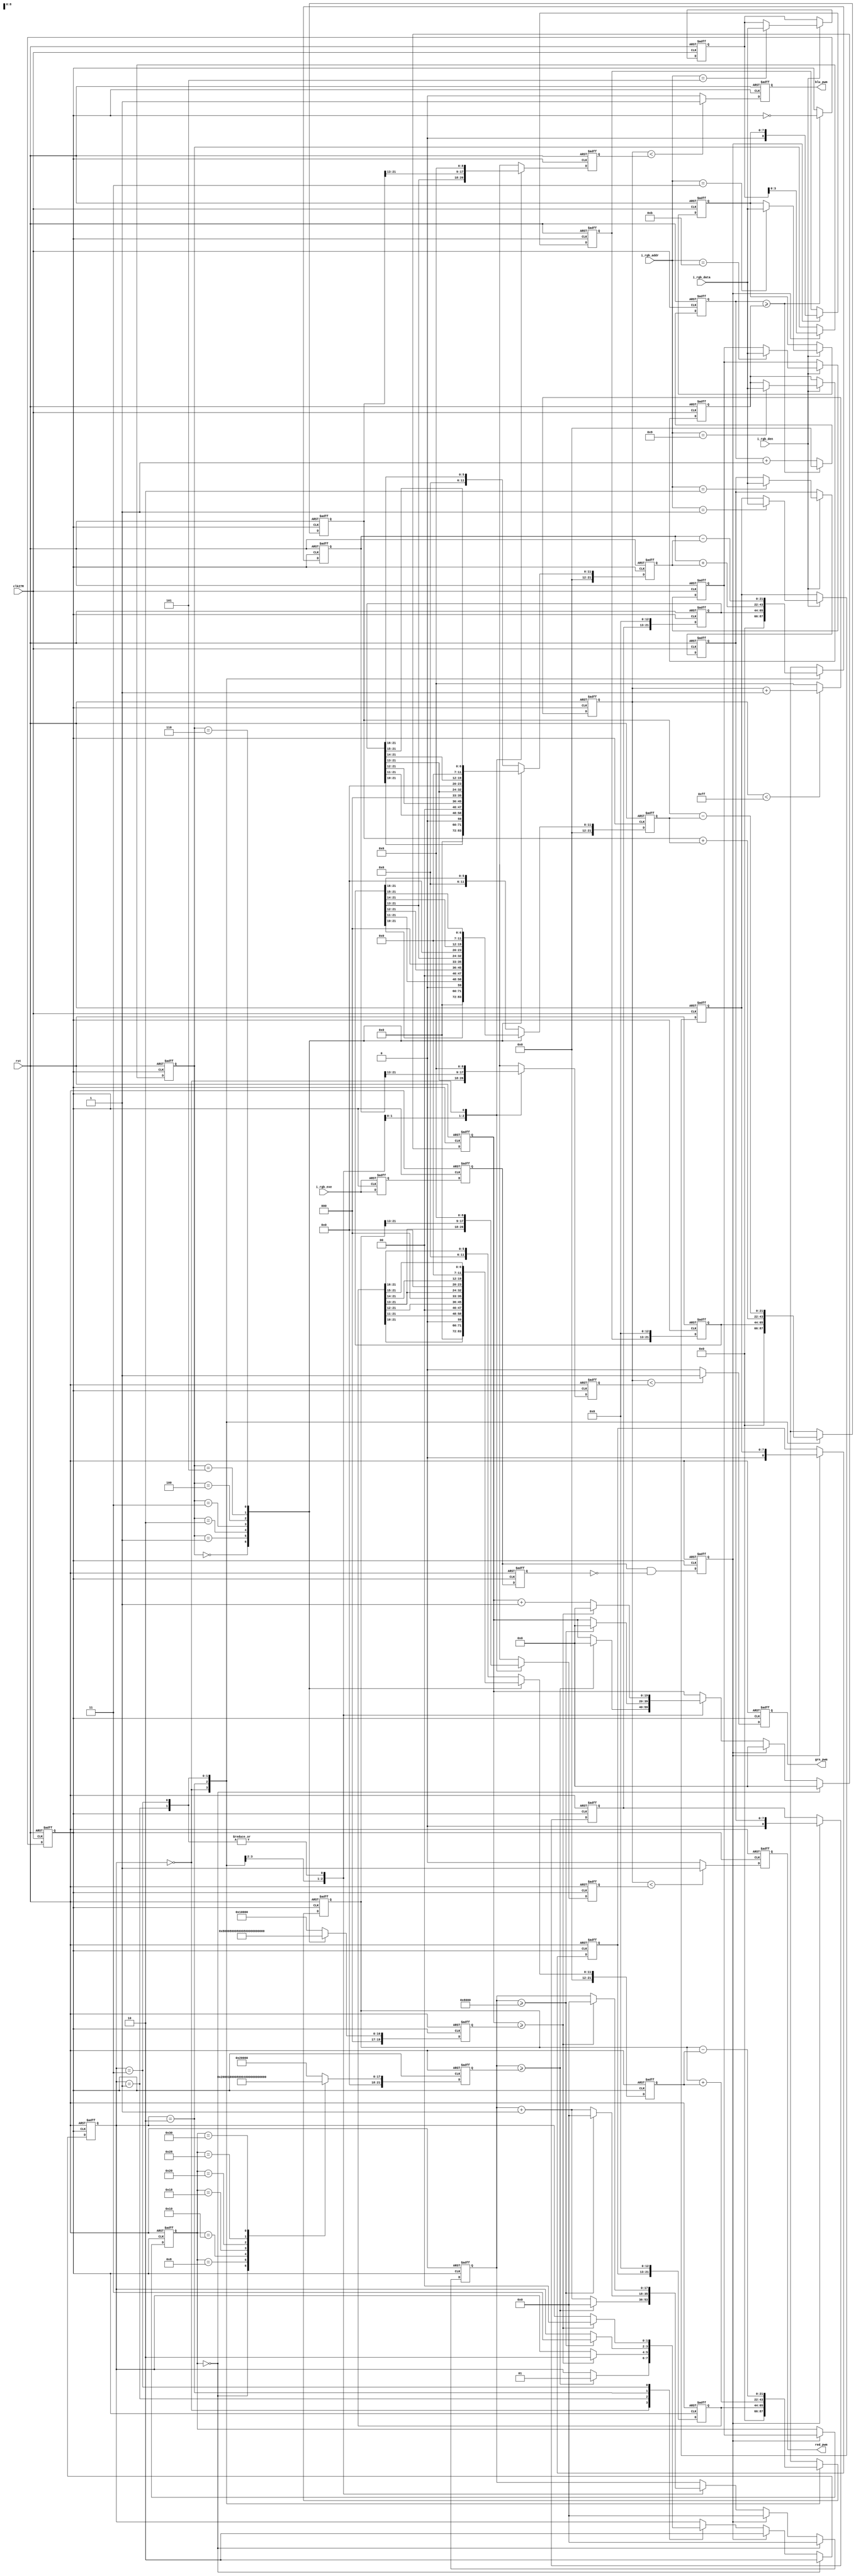
//-------------------------------------------------------------------------
//  >>>>>>>>>>>>>>>>>>>>>>>>> COPYRIGHT NOTICE <<<<<<<<<<<<<<<<<<<<<<<<<
//-------------------------------------------------------------------------
//  Copyright (c) 2012 by Lattice Semiconductor Corporation      
// 
//-------------------------------------------------------------------------
// Permission:
//
//   Lattice Semiconductor grants permission to use this code for use
//   in synthesis for any Lattice programmable logic product.  Other
//   use of this code, including the selling or duplication of any
//   portion is strictly prohibited.
//
// Disclaimer:
//
//   This VHDL or Verilog source code is intended as a design reference
//   which illustrates how these types of functions can be implemented.
//   It is the user's responsibility to verify their design for
//   consistency and functionality through the use of formal
//   verification methods.  Lattice Semiconductor provides no warranty
//   regarding the use or functionality of this code.
//-------------------------------------------------------------------------
//
//    Lattice Semiconductor Corporation
//    5555 NE Moore Court
//    Hillsboro, OR 97124
//    U.S.A
//
//    TEL: 1-800-Lattice (USA and Canada)
//    503-268-8001 (other locations)
//
//    web: http://www.latticesemi.com/
// 
//-------------------------------------------------------------------------
// 
//  Project  : iCE5 RGB LED Controller SPI interface
// 
//  Description: 
//
//  Code Revision History :
//-------------------------------------------------------------------------
// Ver: | Author        | Mod. Date    |Changes Made:
// V1.0 | MDN           | 24-05-2014   |Initial version                             
//-------------------------------------------------------------------------
  

module LED_control (
                    // inputs
                    input   wire        clk27M,        // 27M clock
                    input   wire        rst,           // async reset
                    input               i_rgb_exe,
                    input   wire        i_rgb_den,
                    input [3:0]         i_rgb_addr,
                    input [7:0]         i_rgb_data,
                    output  reg         red_pwm,       // Red
                    output  reg         grn_pwm,       // Blue
                    output  reg         blu_pwm        // Green
                    );
    
    //------------------------------
    // INTERNAL SIGNAL DECLARATIONS: 
    //------------------------------

    parameter     LED_OFF   = 2'b00;
    parameter     RAMP_UP   = 2'b01;
    parameter     LED_ON    = 2'b10;
    parameter     RAMP_DOWN = 2'b11;

    parameter     on_max_cnt  = 22'h008000;  // 1 sec steady


    // wires (assigns)/ regs (always)
    reg [8:0] red_intensity;
    reg [8:0] grn_intensity;
    reg [8:0] blu_intensity;
    reg [9:0] clk_div_cnt;
    reg       clk32K;
    reg       update;
    reg [3:0] BreatheRamp_s;       
    reg [7:0] BlinkRate_s;

    reg [21:0] red_peak; // LED 'on' peak intensity (high precision)
    reg [21:0] grn_peak;
    reg [21:0] blu_peak;

    reg [21:0] off_max_cnt; // LED off duration
    reg [19:0] ramp_max_cnt; // LED ramp up/down duration
    reg [23:0] red_intensity_step; // LED intensity step when ramping
    reg [23:0] grn_intensity_step;
    reg [23:0] blu_intensity_step;

    reg [1:0] blink_state; // state variable
    reg [19:0] ramp_count; // counter for LED on/off duration
    reg [17:0] steady_count; // counter for LED ramp up/down duration

    reg [21:0] red_accum; // intensity accumulator during ramp
    reg [21:0] grn_accum;
    reg [21:0] blu_accum;

    reg [8:0] curr_red; // current LED intensity ( /256 = PWM duty cycle)
    reg [8:0] curr_grn;
    reg [8:0] curr_blu;

    reg [8:0] pwm_count;  // PWM counter
    reg [7:0] config_reg0_i ;
    reg [7:0] pre_scale_reg_i ;
    reg [7:0] on_time_reg_i ;
    reg [7:0] off_time_reg_i ;
    reg [7:0] breathe_on_reg_i ;
    reg [7:0] breathe_off_reg_i ;
    reg [7:0] pwm_red_reg_i ;
    reg [7:0] pwm_grn_reg_i ;
    reg [7:0] pwm_blu_reg_i ;
    reg       d1_update_i;
    reg       d2_update_i;
    reg       d3_update_i;
    reg       rgb_update_i;

    // Data registering based on address received from AP
    always @(posedge clk27M or posedge rst) begin
        if (rst) begin
            config_reg0_i <= 0;
            pre_scale_reg_i <= 0;
            on_time_reg_i <= 0;
            off_time_reg_i <= 8'd24;
            breathe_on_reg_i <= 8'hA5;
            breathe_off_reg_i <= 8'hA5;
            pwm_red_reg_i <= 8'h5F;
            pwm_grn_reg_i <= 8'h00;
            pwm_blu_reg_i <= 8'h00;
        end else begin
            if (i_rgb_den) begin
                case (i_rgb_addr)
                    4'h8 :
                        config_reg0_i <= i_rgb_data;
                    4'h9 :
                        pre_scale_reg_i <= i_rgb_data;
                    4'hA :
                        on_time_reg_i <= i_rgb_data;
                    4'hB :
                        off_time_reg_i <= i_rgb_data;
                    4'h5 :
                        breathe_on_reg_i <= i_rgb_data;
                    4'h6 :
                        breathe_off_reg_i <= i_rgb_data;
                    4'h1 :
                        pwm_red_reg_i <= i_rgb_data;
                    4'h2 :
                        pwm_grn_reg_i <= i_rgb_data;
                    4'h3 :
                        pwm_blu_reg_i <= i_rgb_data;
                endcase
            end else begin
                config_reg0_i <= config_reg0_i;
                pre_scale_reg_i <= pre_scale_reg_i;
                on_time_reg_i <= on_time_reg_i;
                off_time_reg_i <= off_time_reg_i;
                breathe_on_reg_i <= breathe_on_reg_i;
                breathe_off_reg_i <= breathe_off_reg_i;
                pwm_red_reg_i <= pwm_red_reg_i;
                pwm_grn_reg_i <= pwm_grn_reg_i;
                pwm_blu_reg_i <= pwm_blu_reg_i;
            end
        end
    end
    
    // Clock divider 
    // divides 27MHz to 32.768kHz
    // (basic PWM cycle)
    always @ (posedge clk27M or posedge rst)
        if (rst) begin
            clk_div_cnt  <= 0;
            clk32K  <= 0;
        end else begin
            if (clk_div_cnt >= (pre_scale_reg_i)) begin
                clk_div_cnt <= 0;
                clk32K <= ~clk32K;
            end else begin                       
                clk_div_cnt <= clk_div_cnt + 1;
            end
        end

    // Update signal
    always @(posedge clk32K or negedge i_rgb_exe) begin
        if (~i_rgb_exe)
            d1_update_i <= 0;
        else
            d1_update_i <= i_rgb_exe;
    end
        
    always @(posedge clk32K or posedge rst) begin
        if (rst) begin
            d2_update_i <= 0;
            d3_update_i <= 0;
            update <= 0;
        end else begin
            d2_update_i <= d1_update_i;
            d3_update_i <= d2_update_i;
            update <= d2_update_i && ~d3_update_i;
        end
    end
            
    // Capture stable parameters in local clock domain
    always @ (posedge clk32K or posedge rst)
        if (rst) begin
            BreatheRamp_s <= 4'b0000;
            BlinkRate_s   <= 8'd08;
            red_intensity <= 9'h00;
            grn_intensity <= 9'hFF;
            blu_intensity <= 9'hFF;
        end else begin
            if (update) begin
                BreatheRamp_s <= breathe_on_reg_i[3:0];
                BlinkRate_s   <= off_time_reg_i;
                red_intensity <= pwm_red_reg_i ;
                grn_intensity <= pwm_grn_reg_i ;
                blu_intensity <= pwm_blu_reg_i ;
            end
        end
    
    // Intensity values
    always @ (posedge clk32K or posedge rst)
        if (rst) begin
            red_peak <= 0;
            grn_peak <= 0;
            blu_peak <= 0;
        end else begin
            red_peak <= {red_intensity, 13'h0};
            grn_peak <= {grn_intensity, 13'h0};
            blu_peak <= {blu_intensity, 13'h0};
        end
    
    // interpret 'Blink rate' setting
    //   'off_max_cnt' is time spent in 'LED_OFF' states
    //   'step_shift' is used to scale the intensity step size.
    //   Stated period is blink rate with no ramp.  Ramping adds to the period.
    always @ (posedge clk32K or posedge rst)
        if (rst) begin
            off_max_cnt <= 22'h0 - 1;
        end else begin
            case (BlinkRate_s)
                8'h00:   begin off_max_cnt   <= 22'h000000; end
                8'd08:   begin off_max_cnt   <= 22'h000800; end // 1/16sec
                8'd16:   begin off_max_cnt   <= 22'h001000; end // 1/8 sec
                8'd24:   begin off_max_cnt   <= 22'h002000; end // 1/4 sec
                8'd32:   begin off_max_cnt   <= 22'h004000; end // 1/2 sec
                8'd40:   begin off_max_cnt   <= 22'h008000; end // 1 sec
                8'd48:   begin off_max_cnt   <= 22'h010000; end // 2 sec
                8'd56:   begin off_max_cnt   <= 22'h020000; end // 4 sec
                default: begin off_max_cnt   <= 22'h020000; end
            endcase
        end


    // interpret 'Breathe Ramp' setting
    //     'ramp_max_cnt' is time spent in 'RAMP_UP', RAMP_DOWN' states
    //     '***_intensity_step' is calculated to add to color accumulators each ramp step
    always @ (posedge clk32K or posedge rst)
        if (rst) begin
            ramp_max_cnt        <= 20'b0;
            red_intensity_step  <= 24'b0;
            grn_intensity_step  <= 24'b0;
            blu_intensity_step  <= 24'b0;
        end else begin
            case (BreatheRamp_s)
                4'b0000: begin
                    ramp_max_cnt   <= 20'h0;  // 0sec
                    red_intensity_step  <= 0 ;
                    grn_intensity_step  <= 0 ;
                    blu_intensity_step  <= 0 ;
                end
                4'b0001: begin
                    ramp_max_cnt   <= 20'h00400;  // 1/16sec
                    red_intensity_step  <= red_peak >> (10) ;
                    grn_intensity_step  <= grn_peak >> (10) ;
                    blu_intensity_step  <= blu_peak >> (10) ;
                end                 
                4'b0010: begin
                    ramp_max_cnt   <= 20'h00800;  // 1/8 sec
                    red_intensity_step  <= red_peak >> (11) ;
                    grn_intensity_step  <= grn_peak >> (11) ;
                    blu_intensity_step  <= blu_peak >> (11) ;                 
                end                 
                4'b0011: begin
                    ramp_max_cnt   <= 20'h01000;  // 1/4 sec
                    red_intensity_step  <= red_peak >> (12) ;
                    grn_intensity_step  <= grn_peak >> (12) ;
                    blu_intensity_step  <= blu_peak >> (12) ;                 
                end                 
                4'b0100: begin
                    ramp_max_cnt   <= 20'h02000;  // 1/2 sec
                    red_intensity_step  <= red_peak >> (13) ;
                    grn_intensity_step  <= grn_peak >> (13) ;
                    blu_intensity_step  <= blu_peak >> (13) ;                 
                end                 
                4'b0101: begin
                    ramp_max_cnt   <= 20'h04000;     // 1 sec
                    red_intensity_step  <= red_peak >> (14) ;
                    grn_intensity_step  <= grn_peak >> (14) ;
                    blu_intensity_step  <= blu_peak >> (14) ;                 
                end                 
                4'b0110: begin
                    ramp_max_cnt   <= 20'h08000;  // 2 sec
                    red_intensity_step  <= red_peak >> (15) ;
                    grn_intensity_step  <= grn_peak >> (15) ;
                    blu_intensity_step  <= blu_peak >> (15) ;                 
                end                 
                4'b0111: begin
                    ramp_max_cnt   <= 20'h10000;  // 4 sec
                    red_intensity_step  <= red_peak >> (16) ;
                    grn_intensity_step  <= grn_peak >> (16) ;
                    blu_intensity_step  <= blu_peak >> (16) ;                 
                end                 
                default: begin
                    ramp_max_cnt        <=  20'h10000;  // 4 sec
                    red_intensity_step  <= red_peak >> (16) ;
                    grn_intensity_step  <= grn_peak >> (16) ;
                    blu_intensity_step  <= blu_peak >> (16) ;
                end                 
            endcase
        end

    //  state machine to create LED ON/OFF/RAMP periods
    //   state machine is held (no cycles) if LED is steady state on/off
    //   state machine is reset to LED_ON state whenever parameters are updated.
    always @ (posedge clk32K or posedge rst)
        if (rst) begin
            blink_state <= LED_OFF;
            ramp_count   <= 20'b0;
            steady_count <= 18'b0;
        end else begin
            if(BlinkRate_s == 8'h00) begin
                blink_state <= LED_ON;
                ramp_count   <= 0;
                steady_count <= 0;
            end else if (update) begin
                blink_state <= LED_ON;
                ramp_count   <= 0;
                steady_count <= 0;
            end else begin
                case (blink_state)
                    LED_OFF:  begin
                        if(steady_count >= off_max_cnt) begin
                            ramp_count   <= 0;
                            steady_count <= 0;
                            blink_state <= RAMP_UP;
                        end else begin
                            steady_count <= steady_count + 1;
                        end
                    end
                    RAMP_UP:  begin
                        if(ramp_count >= ramp_max_cnt) begin
                            ramp_count   <= 0;
                            steady_count <= 0;
                            blink_state <= LED_ON;
                        end else begin
                            ramp_count <= ramp_count + 1;
                        end
                    end
                    LED_ON:  begin
                        if(steady_count >= on_max_cnt) begin
                            ramp_count   <= 0;
                            steady_count <= 0;
                            blink_state <= RAMP_DOWN;
                        end else begin
                            steady_count <= steady_count + 1;
                        end
                    end
                    RAMP_DOWN:  begin
                        if(ramp_count >= ramp_max_cnt) begin
                            ramp_count   <= 0;
                            steady_count <= 0;
                            blink_state <= LED_OFF;
                        end else begin
                            ramp_count <= ramp_count + 1;
                        end
                    end
                    default:  begin
                        blink_state <= LED_OFF;
                        ramp_count   <= 20'b0;
                        steady_count <= 18'b0;
                    end
                endcase
            end
        end


    // RampUP/DN accumulators
    always @ (posedge clk32K or posedge rst)
        if (rst) begin
            red_accum <= 22'b0;
            grn_accum <= 22'b0;
            blu_accum <= 22'b0;
        end else begin
            case (blink_state)
                LED_OFF:  begin
                    red_accum <= 0;
                    grn_accum <= 0;
                    blu_accum <= 0;
                end
                LED_ON:   begin
                    red_accum <= red_peak;
                    grn_accum <= grn_peak;
                    blu_accum <= blu_peak;
                end
                RAMP_UP:  begin
                    red_accum <= red_accum + red_intensity_step;
                    grn_accum <= grn_accum + grn_intensity_step;
                    blu_accum <= blu_accum + blu_intensity_step;
                end
                RAMP_DOWN: begin
                    red_accum <= red_accum - red_intensity_step;
                    grn_accum <= grn_accum - grn_intensity_step;
                    blu_accum <= blu_accum - blu_intensity_step;
                end
                default: begin
                    red_accum <= 0;
                    grn_accum <= 0;
                    blu_accum <= 0;
                end
            endcase
        end


    // set PWM duty cycle. 8-bit resolution 0x100 is 100% on
    always @ (posedge clk32K or posedge rst)
        if (rst) begin
            curr_red <= 9'h0FF;
            curr_grn <= 9'h0FF;
            curr_blu <= 9'b0;
        end else begin
            case (blink_state)
                LED_ON: begin
                    curr_red <= red_peak[21:13];
                    curr_grn <= grn_peak[21:13];
                    curr_blu <= blu_peak[21:13];
                end
                RAMP_UP: begin
                    curr_red <= red_accum[21:13];
                    curr_grn <= grn_accum[21:13];
                    curr_blu <= blu_accum[21:13];
                end
                RAMP_DOWN: begin
                    curr_red <= red_accum[21:13];
                    curr_grn <= grn_accum[21:13];
                    curr_blu <= blu_accum[21:13];
                end
                LED_OFF: begin
                    curr_red <= 0;
                    curr_grn <= 0;
                    curr_blu <= 0;
                end
                default: begin
                    curr_red <= 0;
                    curr_grn <= 0;
                    curr_blu <= 0;
                end
            endcase
        end

    // generate PWM outputs
    always @ (posedge clk32K or posedge rst)
        if (rst) begin
            pwm_count <= 9'b0;
            red_pwm   <= 0;
            grn_pwm   <= 0;
            blu_pwm   <= 0;
        end else begin
            if(pwm_count < 255)
                pwm_count <= pwm_count + 1;
            else
                pwm_count <= 0;
            
            if(pwm_count < curr_red)
                red_pwm <= 1;
            else
                red_pwm <= 0;

            if(pwm_count < curr_grn)
                grn_pwm <= 1;
            else
                grn_pwm <= 0;

            if(pwm_count < curr_blu)
                blu_pwm <= 1;
            else
                blu_pwm <= 0;  
        end

endmodule